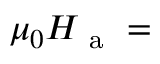
\mu _ { 0 } H _ { \mathrm { ~ a ~ } } =